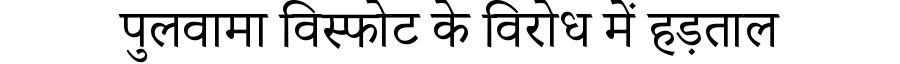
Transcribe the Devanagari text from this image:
पुलवामा विस्फोट के विरोध में हड़ताल